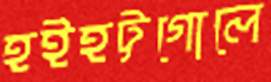
হইহট্টগোলে